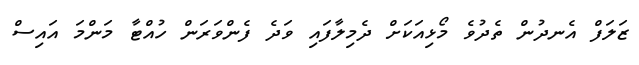
ޒަލަފް އެނދުން ތެދުވެ މޯޅިއަކަށް ދެމިލާފައި ވަދެ ފެންވަރަން ހުއްޓާ މަންމަ އައިސް